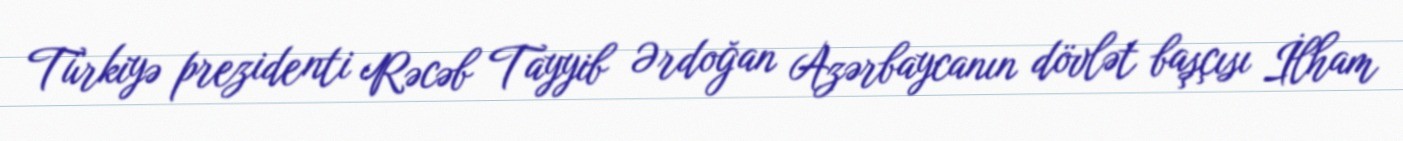
Türkiyə prezidenti Rəcəb Tayyib Ərdoğan Azərbaycanın dövlət başçısı İlham